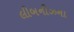
લીબનીઝના